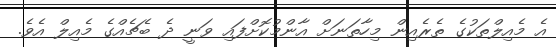
އެ މެއިލްތަކުގެ ތެރެއިން މިހާތަނަށް އާންމުކޮށްފައި ވަނީ ދެ ބެޗެއްގެ މެއިލް އެވެ.